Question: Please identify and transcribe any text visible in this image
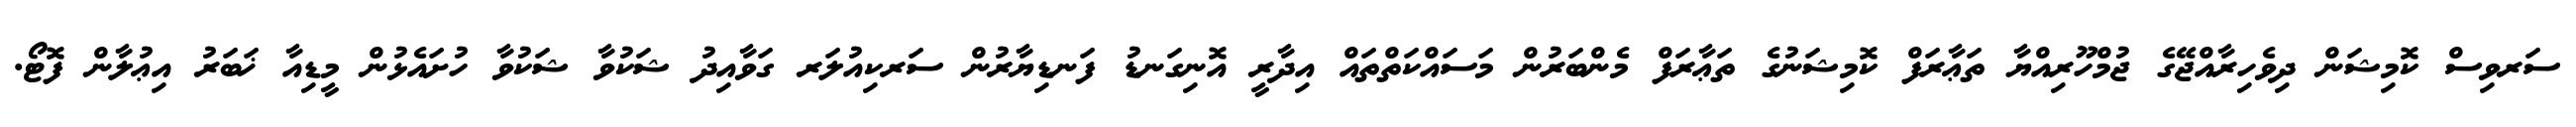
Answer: ސަރވިސް ކޮމިޝަން ދިވެހިރާއްޖޭގެ ޖުމްހޫރިއްޔާ ތަޢާރަފް ކޮމިޝަނުގެ ތަޢާރަފް މެންބަރުން މަސައްކަތްތައް އިދާރީ އޮނިގަނޑު ފަނޑިޔާރުން ސަރކިއުލަރ ގަވާއިދު ޝަކުވާ ޝަކުވާ ހުށައެޅުން މީޑިއާ ޚަބަރު އިޢުލާން ފޮޓޯ.